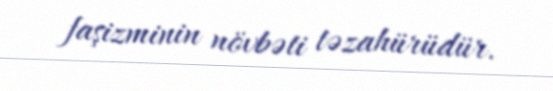
faşizminin növbəti təzahürüdür.